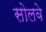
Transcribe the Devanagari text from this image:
सोलवे